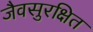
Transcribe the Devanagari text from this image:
जैवसुरक्षित